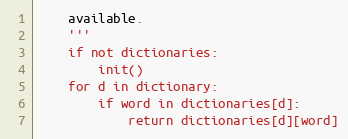
Language: Python
    available.
    '''
    if not dictionaries:
        init()
    for d in dictionary:
        if word in dictionaries[d]:
            return dictionaries[d][word]